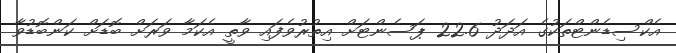
އެކްސިޑެންޓްތަކުގެ އަދަދު 22.6 ޕަސެންޓަށް އިތުރުވެފައި ވާތީ އެކަމާ ވަރަށް ބޮޑަށް ކަންބޮޑުވާ